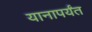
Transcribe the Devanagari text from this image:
यानापर्यंत